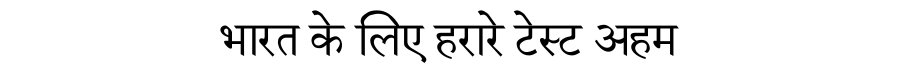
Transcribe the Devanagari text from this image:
भारत के लिए हरारे टेस्ट अहम